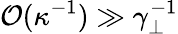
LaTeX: \mathcal{O}(\kappa^{-1})\gg\gamma_{\perp}^{-1}